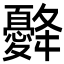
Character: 𢥙